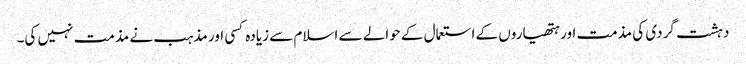
دہشت گردی کی مذمت اور ہتھیاروں کے استعمال کے حوالے سے اسلام سے زیادہ کسی اور مذہب نے مذمت نہیں کی۔